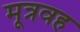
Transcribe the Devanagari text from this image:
मूत्रवह